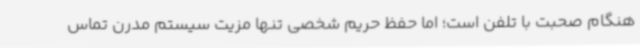
هنگام صحبت با تلفن است؛ اما حفظ حریم شخصی تنها مزیت سیستم مدرن تماس